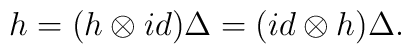
h=(h\otimes id)\Delta=(id\otimes h)\Delta.